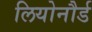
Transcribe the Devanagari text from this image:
लियोनौर्ड